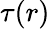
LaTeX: \tau(r)